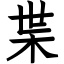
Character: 枼